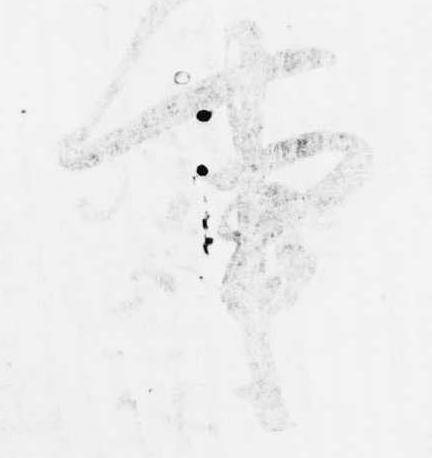
事